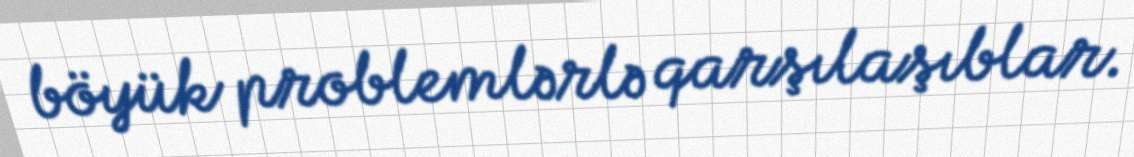
böyük problemlərlə qarşılaşıblar.